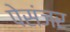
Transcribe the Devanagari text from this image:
पेसंजर